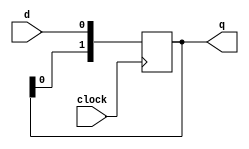
module shiftB(q,clock,d);
	output [1:0] q;
	input clock,d;
	reg [1:0] q;
always @(posedge clock)
begin
	q[0]<=d;
    q[1]<=q[0];
end
endmodule